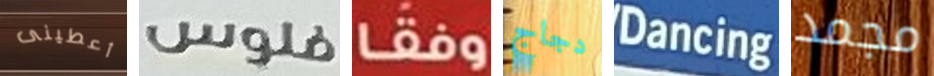
أعطينى فلوس وفقا دجاج Dancing مجمد